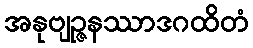
အနုဗျဉ္ဇနဿာဒဂထိတံ